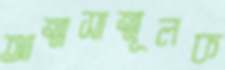
আত্মসাত্মূলক